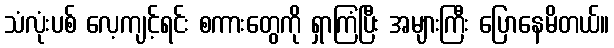
သံလုံးပစ် လေ့ကျင့်ရင်း စကားတွေကို ရှာကြံပြီး အများကြီး ပြောနေမိတယ်။